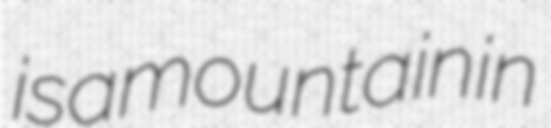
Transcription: is a mountain in